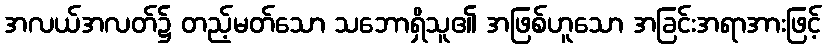
အလယ်အလတ်၌ တည့်မတ်သော သဘောရှိသူ၏ အဖြစ်ဟူသော အခြင်းအရာအားဖြင့်